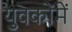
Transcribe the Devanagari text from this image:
युवकोंमें